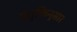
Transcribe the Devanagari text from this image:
प्रयुक्तिनुसार